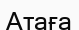
Атаға